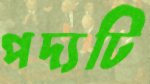
পদ্যটি